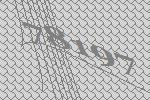
78197